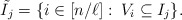
\begin{align*} \tilde{I_j}=\{i\in [n/\ell]:\: V_i\subseteq I_j\}.\end{align*}